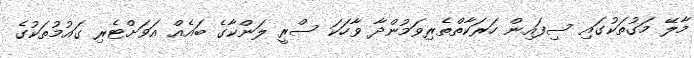
މާލޭ މަގުތަކުގައި ސިފައިން ހަރަކާތްތެރިވަމުންދާ ވާހަކަ ސްރީ ލަންކާގެ ބައެއް އަވަށްޓެރި ގައުމުތަކުގެ